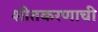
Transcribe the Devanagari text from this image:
शीतकरणाची